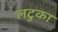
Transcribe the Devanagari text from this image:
लटुका